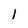
Character: l